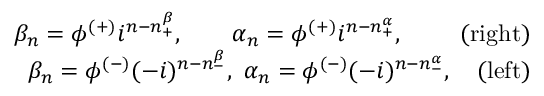
\begin{array} { r l r } & { } & { \beta _ { n } = \phi ^ { ( + ) } i ^ { n - n _ { + } ^ { \beta } } , ~ ~ ~ ~ ~ ~ \alpha _ { n } = \phi ^ { ( + ) } i ^ { n - n _ { + } ^ { \alpha } } , ~ ~ ~ ~ ~ ~ ~ \mathrm { ( r i g h t ) } } \\ & { } & { \beta _ { n } = \phi ^ { ( - ) } ( - i ) ^ { n - n _ { - } ^ { \beta } } , ~ \alpha _ { n } = \phi ^ { ( - ) } ( - i ) ^ { n - n _ { - } ^ { \alpha } } , ~ ~ ~ \mathrm { ( l e f t ) } } \end{array}